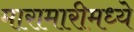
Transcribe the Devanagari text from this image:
मारामारीमध्ये